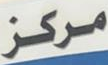
مركز